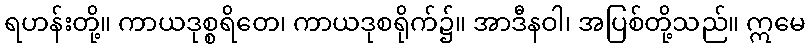
ရဟန်းတို့။ ကာယဒုစ္စရိတေ၊ ကာယဒုစရိုက်၌။ အာဒီနဝါ၊ အပြစ်တို့သည်။ ဣမေ